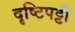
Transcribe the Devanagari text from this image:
दृष्टिपट्टी